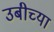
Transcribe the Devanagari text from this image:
उबीच्या